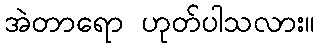
အဲတာရော ဟုတ်ပါသလား။